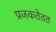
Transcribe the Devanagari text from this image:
प्रजकतेतत